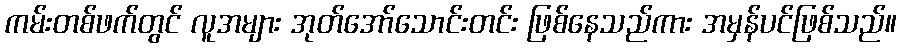
ကမ်းတစ်ဖက်တွင် လူအများ အုတ်အော်သောင်းတင်း ဖြစ်နေသည်ကား အမှန်ပင်ဖြစ်သည်။